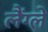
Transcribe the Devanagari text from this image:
लैंग्ले